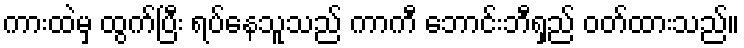
ကားထဲမှ ထွက်ပြီး ရပ်နေသူသည် ကာကီ ဘောင်းဘီရှည် ဝတ်ထားသည်။